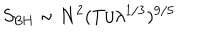
S _ { \mathrm { B H } } \sim N ^ { 2 } ( T / \lambda ^ { 1 / 3 } ) ^ { 9 / 5 }